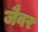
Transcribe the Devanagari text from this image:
जैवर